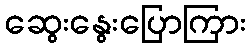
ဆွေးနွေးပြောကြား